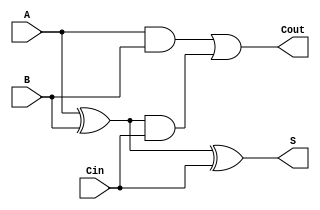
module TreeStructuredFullAdder (
    input wire A,      // First binary input
    input wire B,      // Second binary input
    input wire Cin,    // Carry-in input
    output wire S,     // Sum output
    output wire Cout   // Carry-out output
);

    // Level 1 - Initial sum calculation
    wire S1;           // Intermediate sum
    wire C1;           // Carry from A and B
    wire C2;           // Carry from intermediate sum and Cin

    // Compute intermediate sum (S1)
    assign S1 = A ^ B;

    // Compute carries
    assign C1 = A & B;
    assign C2 = S1 & Cin;

    // Level 2 - Final sum calculation
    assign S = S1 ^ Cin;

    // Level 2 - Final carry calculation
    assign Cout = C1 | C2;

endmodule